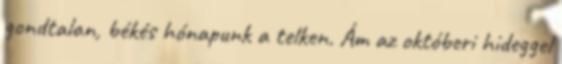
gondtalan, békés hónapunk a telken. Ám az októberi hideggel